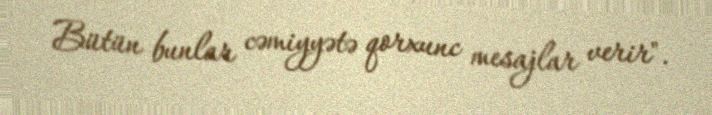
Bütün bunlar cəmiyyətə qorxunc mesajlar verir".